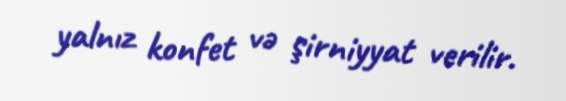
yalnız konfet və şirniyyat verilir.